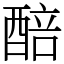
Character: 醅